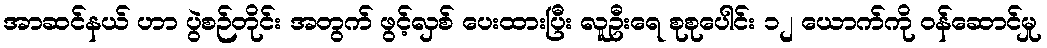
အာဆင်နယ် ဟာ ပွဲစဉ်တိုင်း အတွက် ဖွင့်လှစ် ပေးထားပြီး လူဦးရေ စုစုပေါင်း ၁၂ ယောက်ကို ဝန်ဆောင်မှု